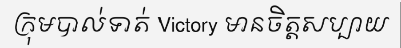
ក្រុមបាល់ទាត់ Victory មានចិត្តសប្បាយ